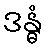
ဒန္ဓံ